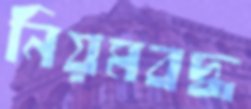
নিয়মবদ্ধ